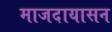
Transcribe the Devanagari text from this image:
माजदायासन